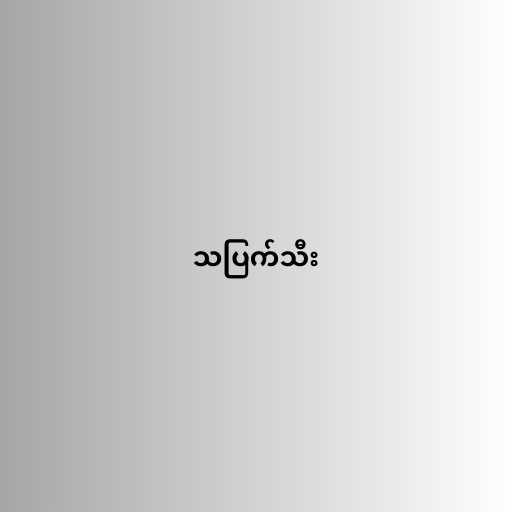
သပြက်သီး